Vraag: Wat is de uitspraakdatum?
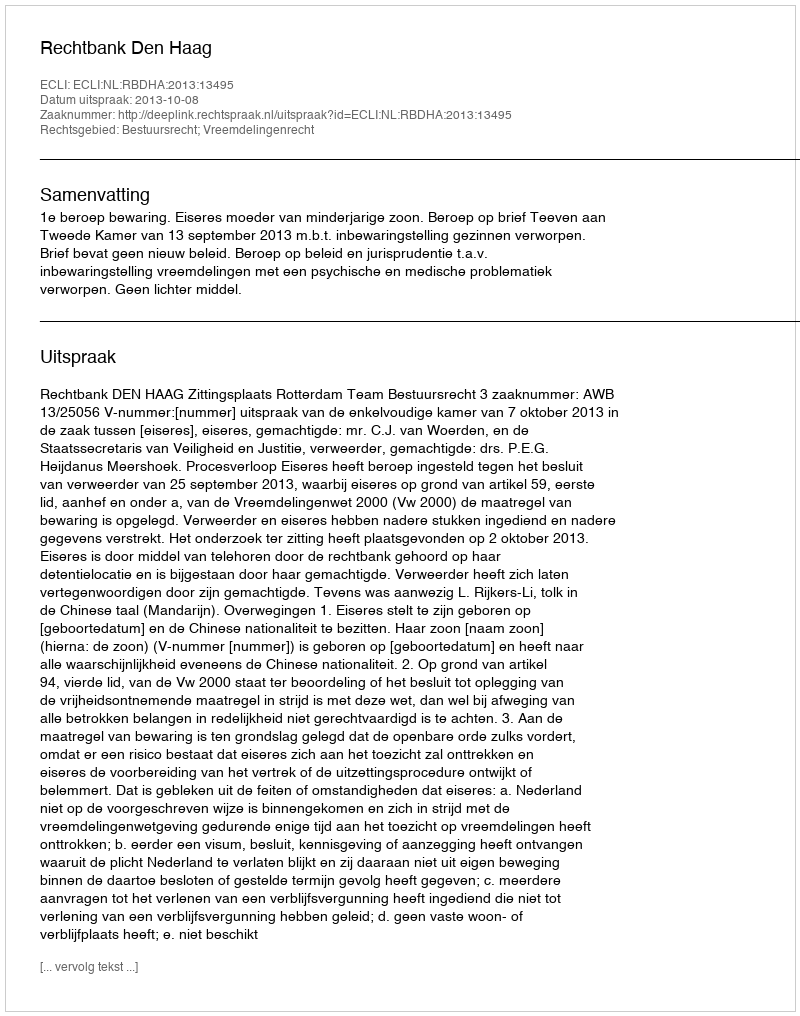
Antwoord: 2013-10-08